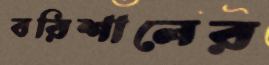
বরিশালের